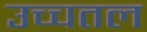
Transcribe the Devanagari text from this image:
उच्चतल